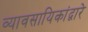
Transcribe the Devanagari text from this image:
व्यावसायिकांद्वारे